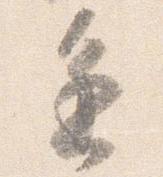
進